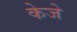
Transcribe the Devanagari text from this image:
केजे